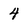
Character: 4